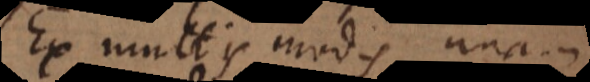
Ex multis modis unam